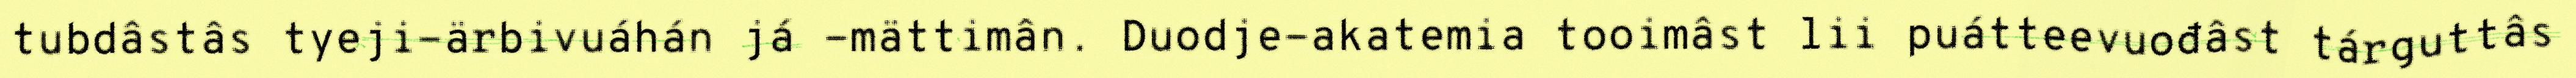
tubdâstâs tyeji-ärbivuáhán já -mättimân. Duodje-akatemia tooimâst lii puátteevuođâst tárguttâs